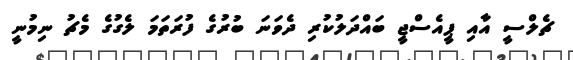
ޗެލްސީ އާއި ޕީއެސްޖީ ބައްދަލުކުރި ދެވަނަ ބުރުގެ ފުރަތަމަ ލެގުގެ މެޗު ނިމުނީ